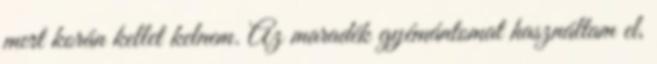
mert korán kellet kelnem. Az maradék gyémántomat használtam el,